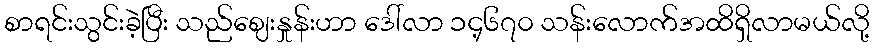
စာရင်းသွင်းခဲ့ပြီး သည်ဈေးနှုန်းဟာ ဒေါ်လာ ၁၄့၆၇၀ သန်းလောက်အထိရှိလာမယ်လို့